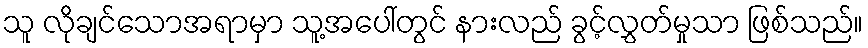
သူ လိုချင်သောအရာမှာ သူ့အပေါ်တွင် နားလည် ခွင့်လွှတ်မှုသာ ဖြစ်သည်။